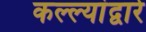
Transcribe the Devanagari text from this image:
कल्ल्यांद्वारे